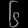
Digit: ၆